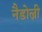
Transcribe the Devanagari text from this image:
नैडोल्नी